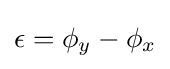
\epsilon =\phi _{y}-\phi _{x}